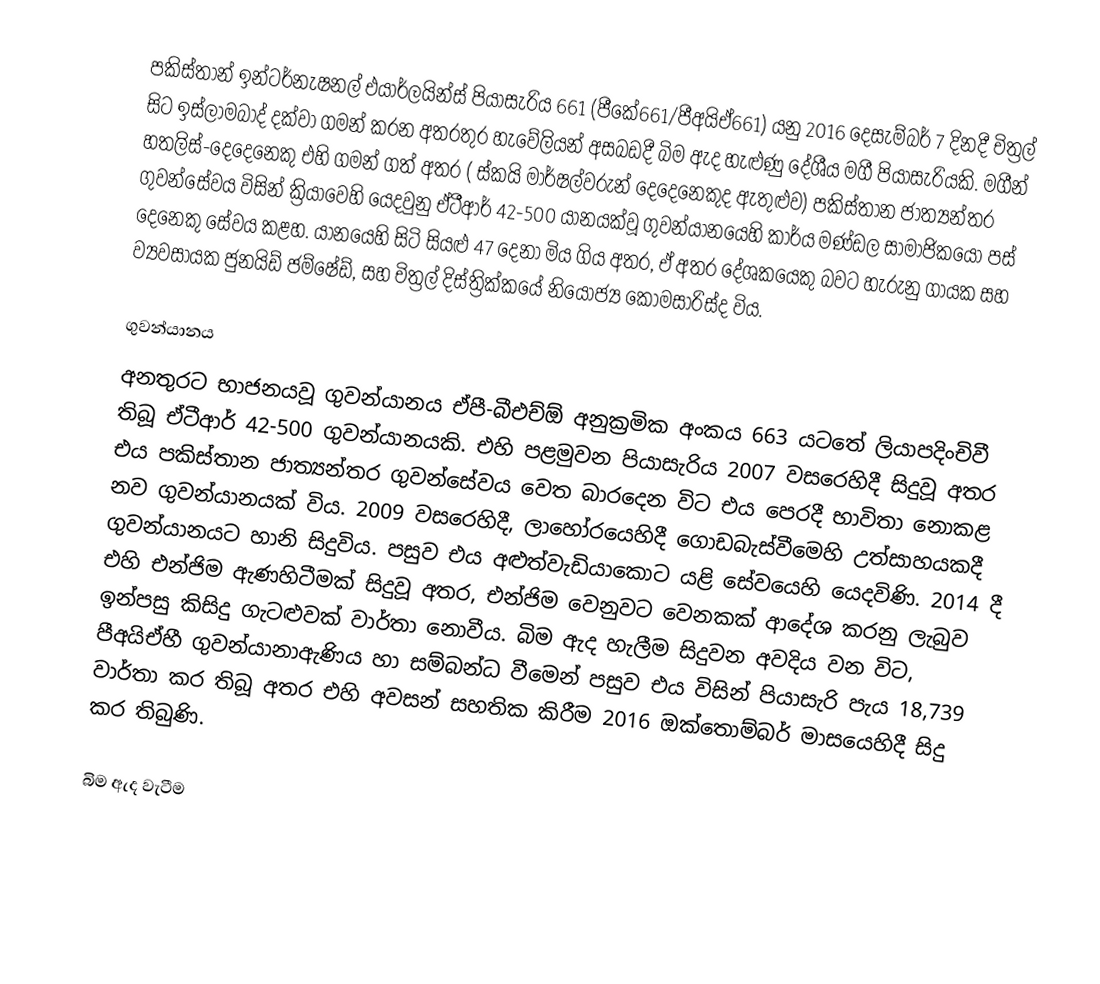
පකිස්තාන් ඉන්ටර්නැෂනල් එයාර්ලයින්ස් පියාසැරිය 661 (පීකේ661/පීඅයිඒ661) යනු  2016 දෙසැම්බර් 7 දිනදී චිත්‍රල් සිට  ඉස්ලාමබාද් දක්වා ගමන් කරන අතරතුර හැවේලියන් අසබඩදී බිම ඇද හැළුණු දේශීය මගී පියාසැරියකි. මගීන් හතලිස්-දෙදෙනෙකු එහි ගමන් ගත් අතර ( ස්කයි මාර්ෂල්වරුන් දෙදෙනෙකුද ඇතුළුව) පකිස්තාන ජාත්‍යන්තර ගුවන්සේවය විසින් ක්‍රියාවෙහි යෙදවුනු ඒටීආර් 42-500 යානයක්වූ ගුවන්යානයෙහි කාර්ය මණ්ඩල සාමාජිකයෝ පස් දෙනෙකු සේවය කළහ.  යානයෙහි සිටි සියළු 47 දෙනා මිය ගිය අතර, ඒ අතර දේශකයෙකු බවට හැරුනු ගායක සහ ව්‍යවසායක ජුනයිඩ්  ජම්ෂේඩ්, සහ  චිත්‍රල් දිස්ත්‍රික්කයේ නියෝජ්‍ය කොමසාරිස්ද විය.

ගුවන්යානය
අනතුරට භාජනයවූ ගුවන්යානය ඒපී-බීඑච්ඕ අනුක්‍රමික අංකය 663 යටතේ ලියාපදිංචිවී තිබූ ඒටීආර් 42-500 ගුවන්යානයකි. එහි පළමුවන පියාසැරිය 2007 වසරෙහිදී සිදුවූ අතර එය පකිස්තාන ජාත්‍යන්තර ගුවන්සේවය වෙත බාරදෙන විට එය පෙරදී භාවිතා නොකළ නව ගුවන්යානයක් විය. 2009 වසරෙහිදී, ලාහෝරයෙහිදී ගොඩබැස්වීමෙහි උත්සාහයකදී ගුවන්යානයට හානි සිදුවිය. පසුව එය අළුත්වැඩියාකොට යළි සේවයෙහි යෙදවිණි. 2014 දී එහි එන්ජිම ඇණහිටීමක් සිදුවූ අතර, එන්ජිම වෙනුවට වෙනකක් ආදේශ කරනු ලැබුව ඉන්පසු කිසිදු ගැටළුවක් වාර්තා නොවීය. බිම ඇද හැලීම සිදුවන අවදිය වන විට, පීඅයිඒහී ගුවන්යානාඇණිය හා සම්බන්ධ වීමෙන් පසුව එය විසින් පියාසැරි පැය 18,739 වාර්තා කර තිබූ අතර එහි අවසන් සහතික කිරීම  2016 ඔක්තොම්බර් මාසයෙහිදී සිදු කර තිබුණි.

බිම ඇද වැටීම